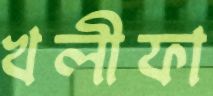
খলীফা